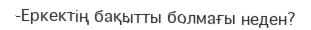
-Еркектің бақытты болмағы неден?